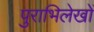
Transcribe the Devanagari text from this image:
पुराभिलेखों